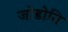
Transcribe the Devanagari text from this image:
जोडोनि